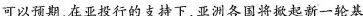
可以预期，在亚投行的支持下，亚洲各国将掀起新一轮基